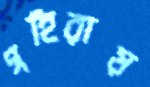
গহিরায়